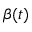
\beta ( t )